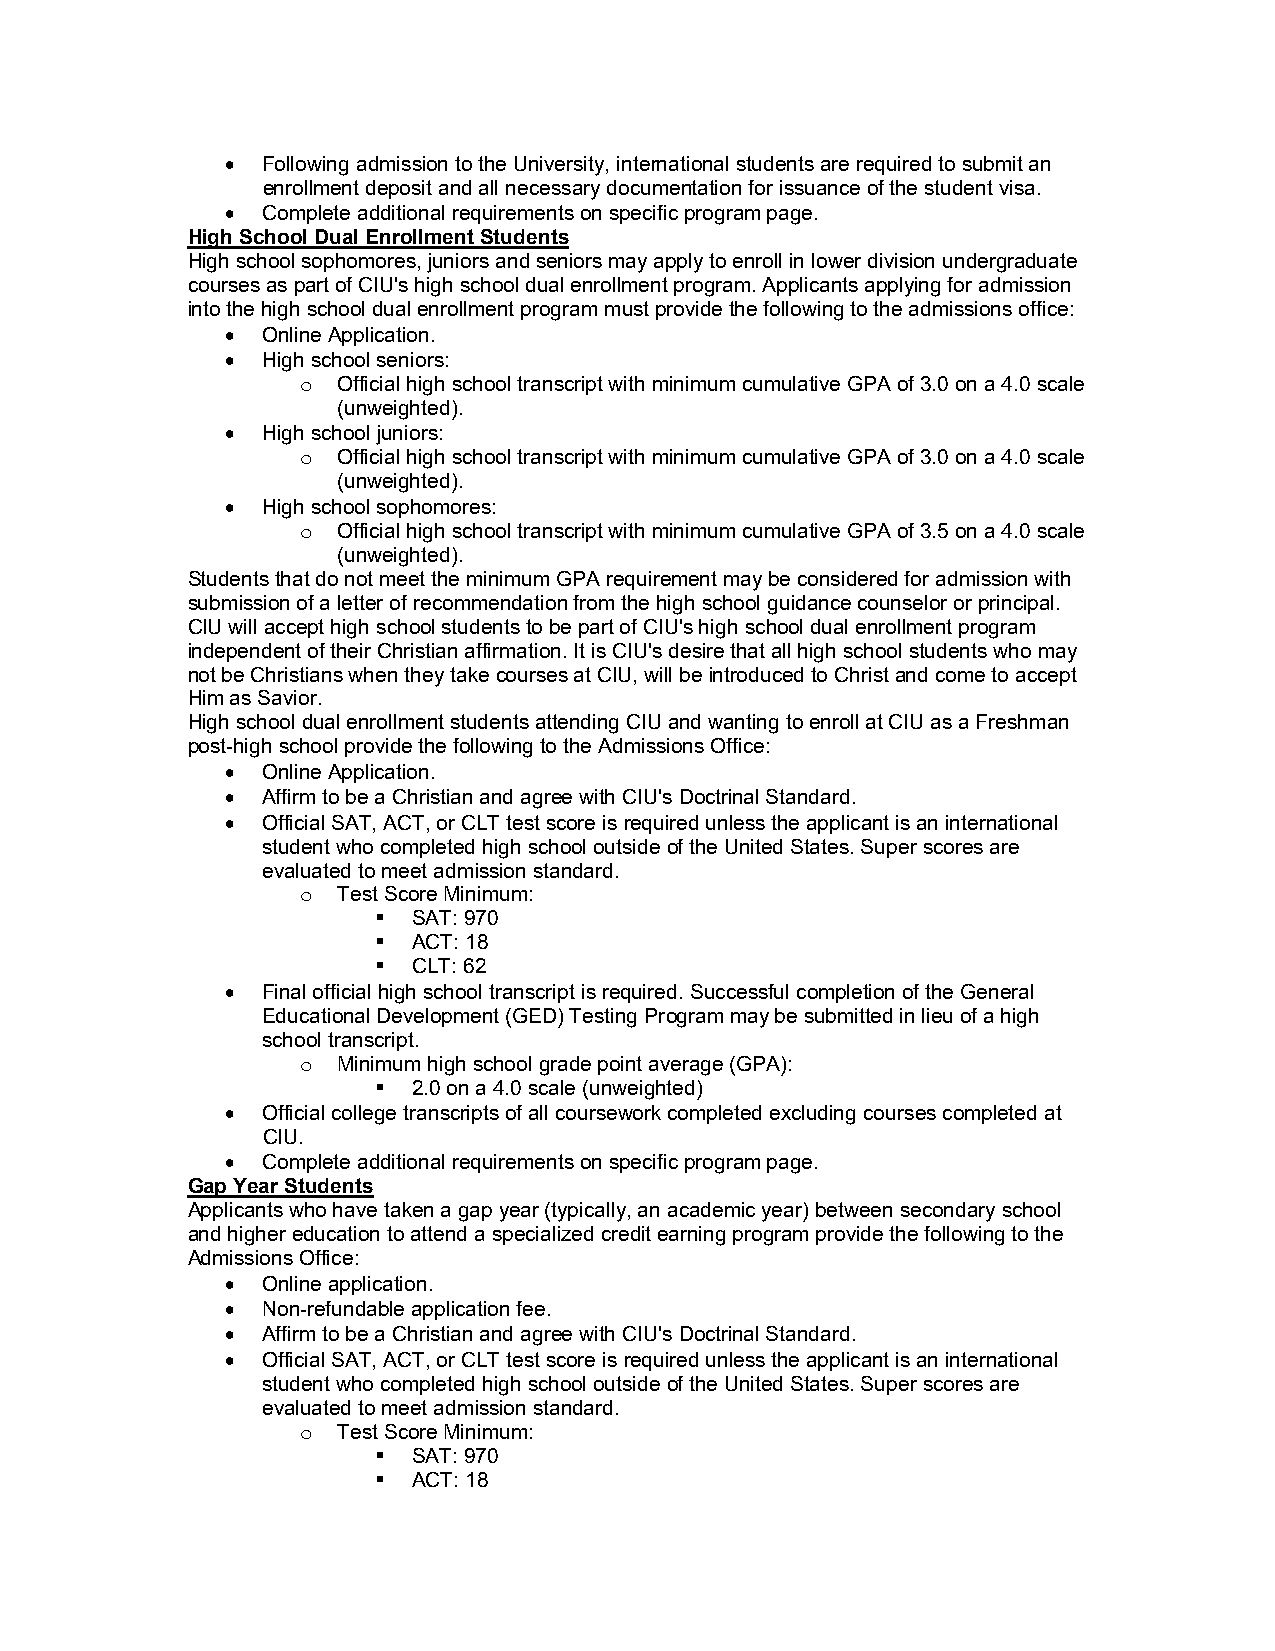
 Following admission to the University, international students are required to submit an
 enrollment deposit and all necessary documentation for issuance of the student visa.
  Complete additional requirements on specific program page.
 High School Dual Enrollment Students
 High school sophomores, juniors and seniors may apply to enroll in lower division undergraduate
 courses as part of CIU's high school dual enrollment program. Applicants applying for admission
 into the high school dual enrollment program must provide the following to the admissions office:
  Online Application.
  High school seniors:
 o Official high school transcript with minimum cumulative GPA of 3.0 on a 4.0 scale
 (unweighted).
  High school juniors:
 o Official high school transcript with minimum cumulative GPA of 3.0 on a 4.0 scale
 (unweighted).
  High school sophomores:
 o Official high school transcript with minimum cumulative GPA of 3.5 on a 4.0 scale
 (unweighted).
 Students that do not meet the minimum GPA requirement may be considered for admission with
 submission of a letter of recommendation from the high school guidance counselor or principal.
 CIU will accept high school students to be part of CIU's high school dual enrollment program
 independent of their Christian affirmation. It is CIU's desire that all high school students who may
 not be Christians when they take courses at CIU, will be introduced to Christ and come to accept
 Him as Savior.
 High school dual enrollment students attending CIU and wanting to enroll at CIU as a Freshman
 post-high school provide the following to the Admissions Office:
  Online Application.
  Affirm to be a Christian and agree with CIU's Doctrinal Standard.
  Official SAT, ACT, or CLT test score is required unless the applicant is an international
 student who completed high school outside of the United States. Super scores are
 evaluated to meet admission standard.
 o Test Score Minimum:
  SAT: 970
  ACT: 18
  CLT: 62
  Final official high school transcript is required. Successful completion of the General
 Educational Development (GED) Testing Program may be submitted in lieu of a high
 school transcript.
 o Minimum high school grade point average (GPA):
  2.0 on a 4.0 scale (unweighted)
  Official college transcripts of all coursework completed excluding courses completed at
 CIU.
  Complete additional requirements on specific program page.
 Gap Year Students
 Applicants who have taken a gap year (typically, an academic year) between secondary school
 and higher education to attend a specialized credit earning program provide the following to the
 Admissions Office:
  Online application.
  Non-refundable application fee.
  Affirm to be a Christian and agree with CIU's Doctrinal Standard.
  Official SAT, ACT, or CLT test score is required unless the applicant is an international
 student who completed high school outside of the United States. Super scores are
 evaluated to meet admission standard.
 o Test Score Minimum:
  SAT: 970
  ACT: 18